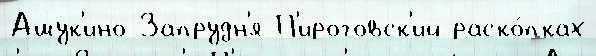
Ашук'ино Запрудн'я П'ироговск'ий раско́пках